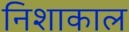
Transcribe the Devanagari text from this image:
निशाकाल